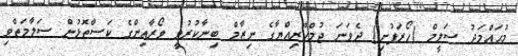
މުޙައްމަދު ސަލީމް (ހޯރަފުށި) ދެވަނަ ޖުމްހޫރިއްޔާގެ ނިޒާމް ބިނާކުރުވީ ވޯރާއިންގެ ކަސްތޮޅުން ސަލާމަތްވި